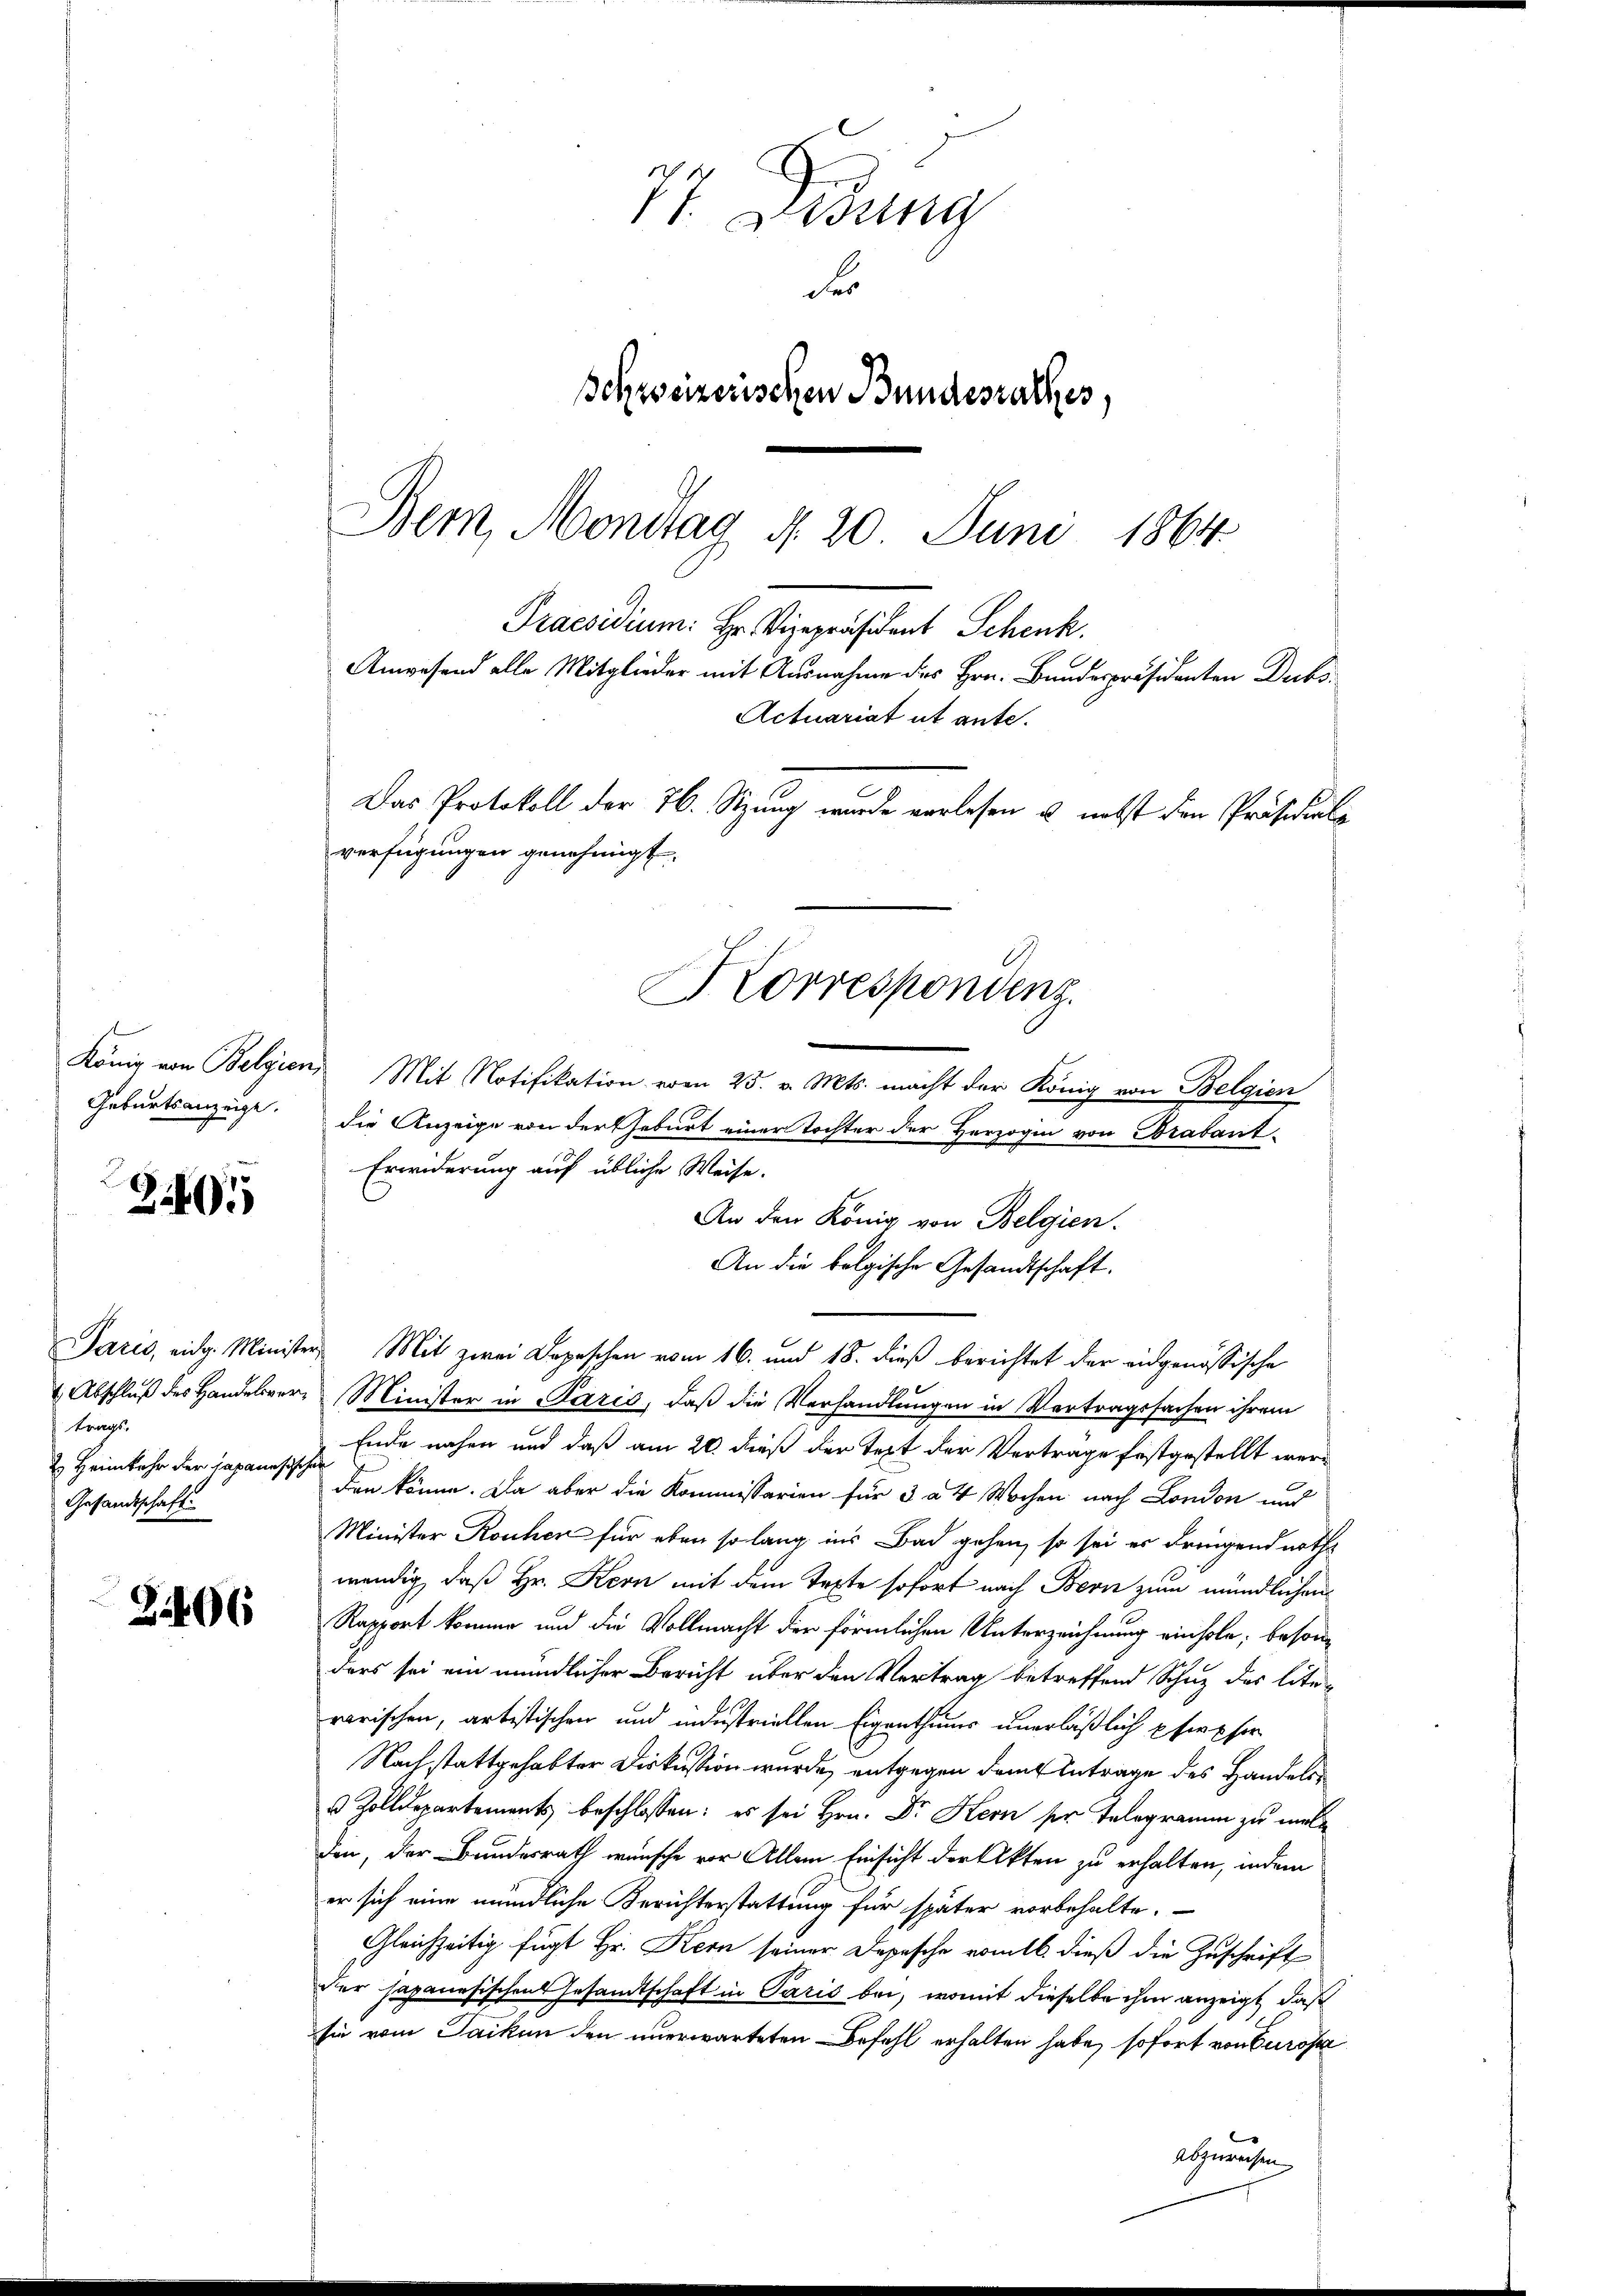
Geburtsanzeige.

95

tragt,
 Heimkehr der Japanesischer
Gesandtschaft

Z 406

König von Belgien, Mit Notifikation vom 25. v. Mts. macht der König von Belgien
die Anzeige von der Geburt einer Tochter der Herzogin von Brabant-
Erwiderung auf übliche Weise.
An den König von Belgien.
An die folgische Gesandtschaft.
Paris, eidg. Minister Mit zwei Depeschen vom 16. und 18. dieß berichtet der eidgenössische
1 Abschluß des Handelsver- Minister in Paris, daß die Verhandlungen in Vertragssachen ihrem
Ende nahen und daß am 20. daß der Text der Vertrage festgestellt werd
den könne. Da aber die Kommissarien für 3 à 4 Wochen nach London und
Minister Rouchen für eben so lang ins Bad gehen, so sei es dringend noth
wendig, daß Hr. Kern mit dem Texte sofort nach Bern zum mündlichen
Rapport komme und die Vollmacht der förmlichen Unterzeichnung einhole, besonders sei ein mündlicher Bericht über den Vertrag betreffend Schuz des lite-
rarischen, artistischen und indestriellen Eigenthums unerläßlich pfirpser
Nachstattgehabter Diskussion wurde, entgegen dem Antrage des Handels
 Zolldepartements beschlossen: es sei Hrn. Dr. Kern ser Telegramm zu melden, der Bundesrath wünsche vor Allem Einsicht der Akten zu erhalten, indem
er sich eine mündliche Berichterstattung für später vorbehalte.
Gleichzeitig fügt Hr. Kern seiner Depesche romtl. dieß die Zuschrift
der Japanesischen Gesandtschaft in Paris bei, womit dieselbe ihm anzeigt, daß
sie vom Jacken den unerwarteten Befehl erhalten habe, sofort von Europa
abzuweisen

74 Dedung
Fr
Schweizerischen Bundesrathes,
Bern, Montag d. 20 Juni 1864.
Praesidium. Hr. Vizepräsident Schenk.
Anwesend alle Mitglieder mit Ausnahme des Hrn. Bundespräsidenten Ducks¬
Actuariat ut ante.
Das Protokoll der 76. Sitzung wurde verlesen u. nebst den Präsidiale
verfügungen genehmigt.
Korrespondenz.